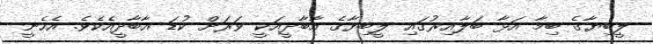
ލީބިޔާގެ ބިމާ އަޅާ ބަލާއިރުގައި ލީބިޔާގެ އާބާދީއަކީ ވަރަށް ކުޑަ އާބާދީއެކެވެ. އެހެނީ